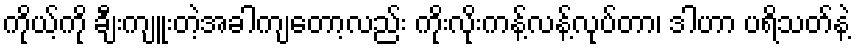
ကိုယ့်ကို ချီးကျူးတဲ့အခါကျတော့လည်း ကိုးလိုးကန့်လန့်လုပ်တာ၊ ဒါဟာ ပရိသတ်နဲ့